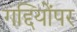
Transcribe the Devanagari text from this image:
गद्दियोंपर